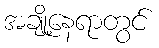
အချို့နေရာတွင်